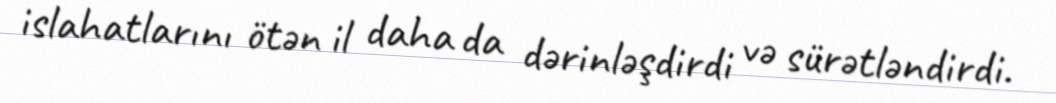
islahatlarını ötən il daha da dərinləşdirdi və sürətləndirdi.